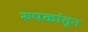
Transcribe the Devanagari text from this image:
रुपकांतून